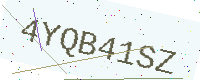
Text: 4YQB41SZ